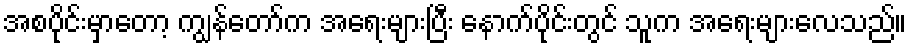
အစပိုင်းမှာတော့ ကျွန်တော်က အရေးများပြီး နောက်ပိုင်းတွင် သူက အရေးများလေသည်။